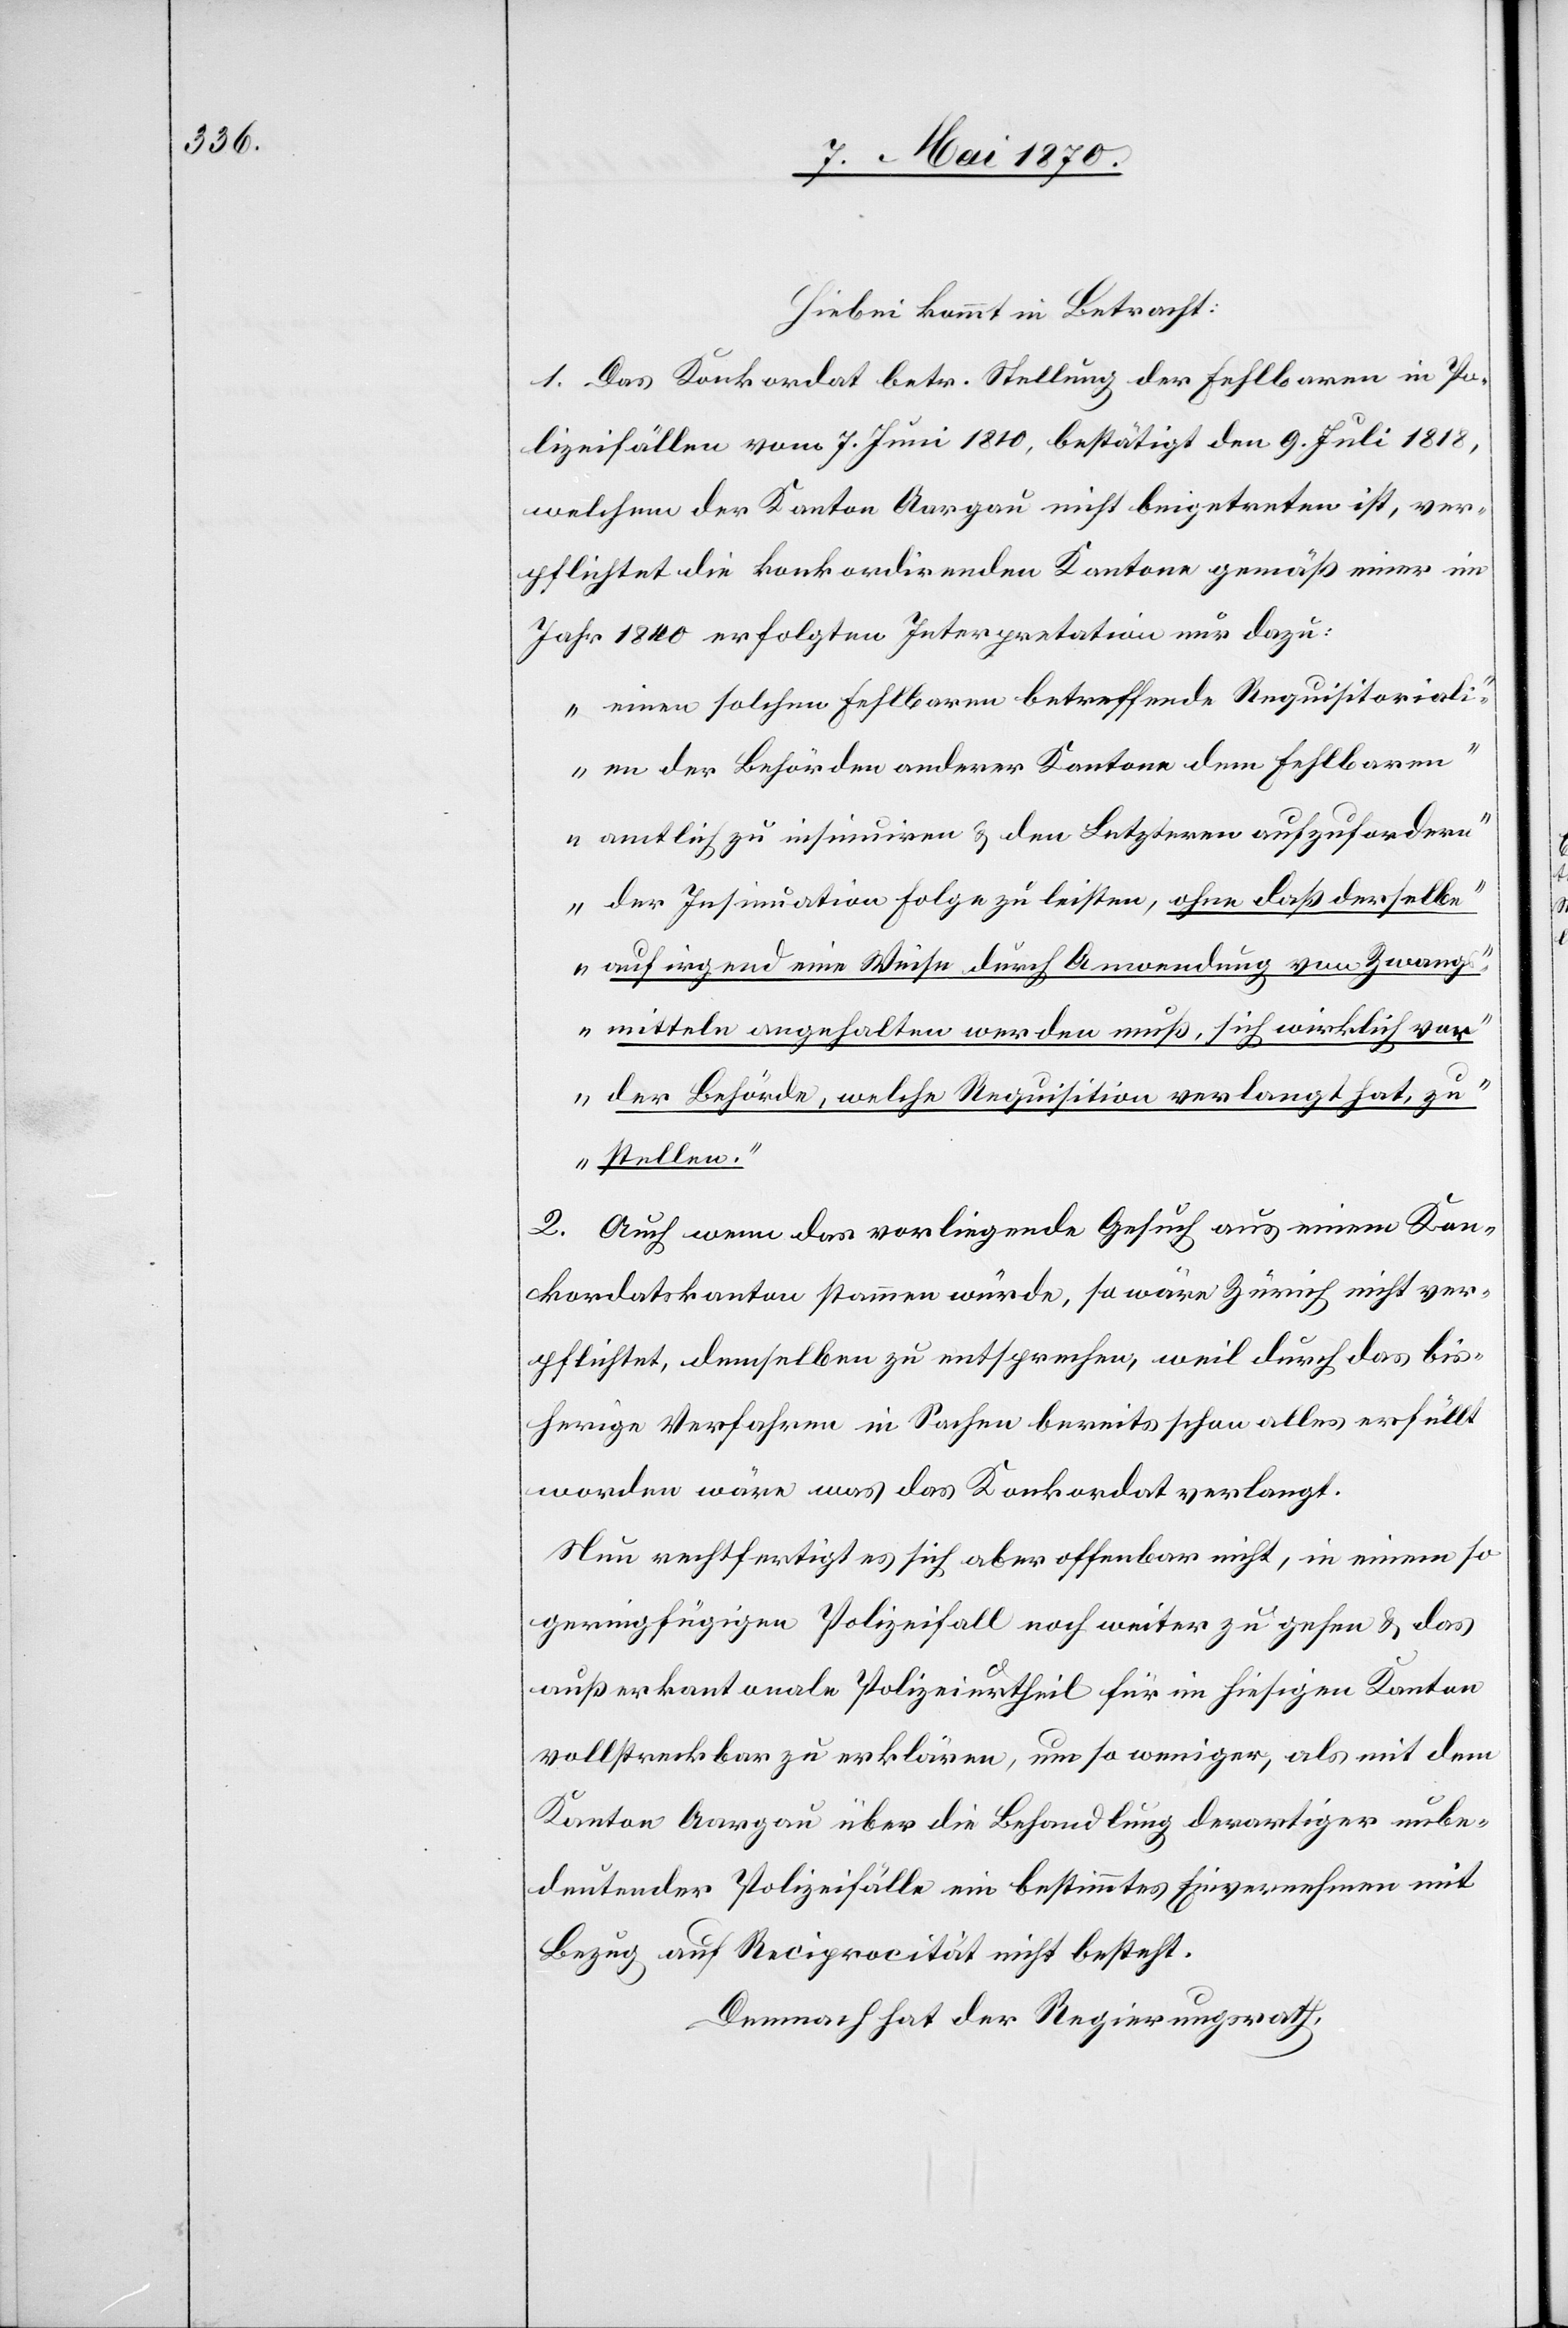
Hiebei kommt in Betracht:
1. Das Konkordat betr. Stellung der Fehlbaren in Po¬
lizeifällen vom 7. Juni 1810, bestätigt den 9. Juli 1818,
welchem der Kanton Aargau nicht beigetreten ist, ver¬
pflichtet die konkordirenden Kantone gemäß einer im
Jahr 1840 erfolgten Interpretation nur dazu:
„einen solchen Fehlbaren betreffende Requisitoriali¬
en der Behörden anderer Kantone dem Fehlbaren
amtlich zu insinuiren & den Letztern aufzufordern
der Insinuation Folge zu leisten, ohne daß derselbe
auf irgend eine Weise durch Anwendung von Zwang¬
smitteln angehalten werden muß, sich wirklich vor
der Behörde, welche Requisition verlangt hat, zu
stellen.“
2. Auch wenn das vorliegende Gesuch aus einem Kon¬
kordatskanton stammen würde, so wäre Zürich nicht ver¬
pflichtet, demselben zu entsprechen, weil durch das bis¬
herige Verfahren in Sachen bereits schon alles erfüllt
worden wäre was das Konkordat verlangt.
Nun rechtfertigt es sich aber offenbar nicht, in einem so
geringfügigen Polizeifall noch weiter zu gehen & das
außerkantonale Polizeiurtheil für im hiesigen Kanton
vollstreckbar zu erklären, um so weniger, als mit dem
Kanton Aargau über die Behandlung derartiger unbe¬
deutender Polizeifälle ein bestimmtes Einvernehmen mit
Bezug auf Reciprocität nicht besteht.
Demnach hat der Regierungsrath,